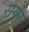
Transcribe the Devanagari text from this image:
सगर्